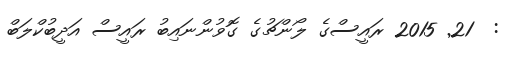
:  21